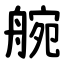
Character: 䑱